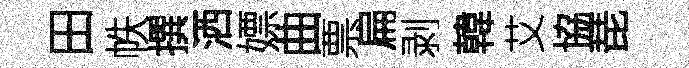
田帙撰洒嫖曲票扁剥韓艾協琵